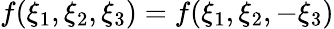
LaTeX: f(\xi_{1},\xi_{2},\xi_{3})=f(\xi_{1},\xi_{2},-\xi_{3})